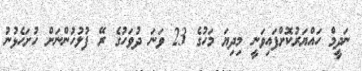
ނަދީމް ހައްޔަރުކޮށްފައިވަނީ މިދިޔަ މަހުގެ 23 ވަަނަ ދުވަހުގެ ރޭ ފުލުހުންނަށް ހުށަހެޅުނު